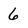
Character: 6